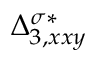
{ \Delta } _ { 3 , x x y } ^ { \sigma * }